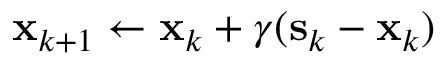
\mathbf { x } _ { k + 1 } \leftarrow \mathbf { x } _ { k } + \gamma ( \mathbf { s } _ { k } - \mathbf { x } _ { k } )